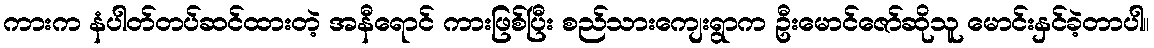
ကားက နံပါတ်တပ်ဆင်ထားတဲ့ အနီရောင် ကားဖြစ်ပြီး စည်သားကျေးရွာက ဦးမောင်ဇော်ဆိုသူ မောင်းနှင်ခဲ့တာပါ။